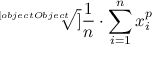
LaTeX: \sqrt [ [object Object] ] { { \frac { 1 } { n } } \cdot \sum _ { i = 1 } ^ { n } x _ { i } ^ { p } }